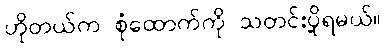
ဟိုတယ်က စုံထောက်ကို သတင်းပို့ရမယ်။